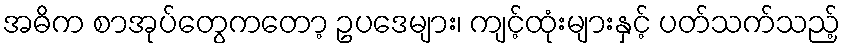
အဓိက စာအုပ်တွေကတော့ ဥပဒေများ၊ ကျင့်ထုံးများနှင့် ပတ်သက်သည့်